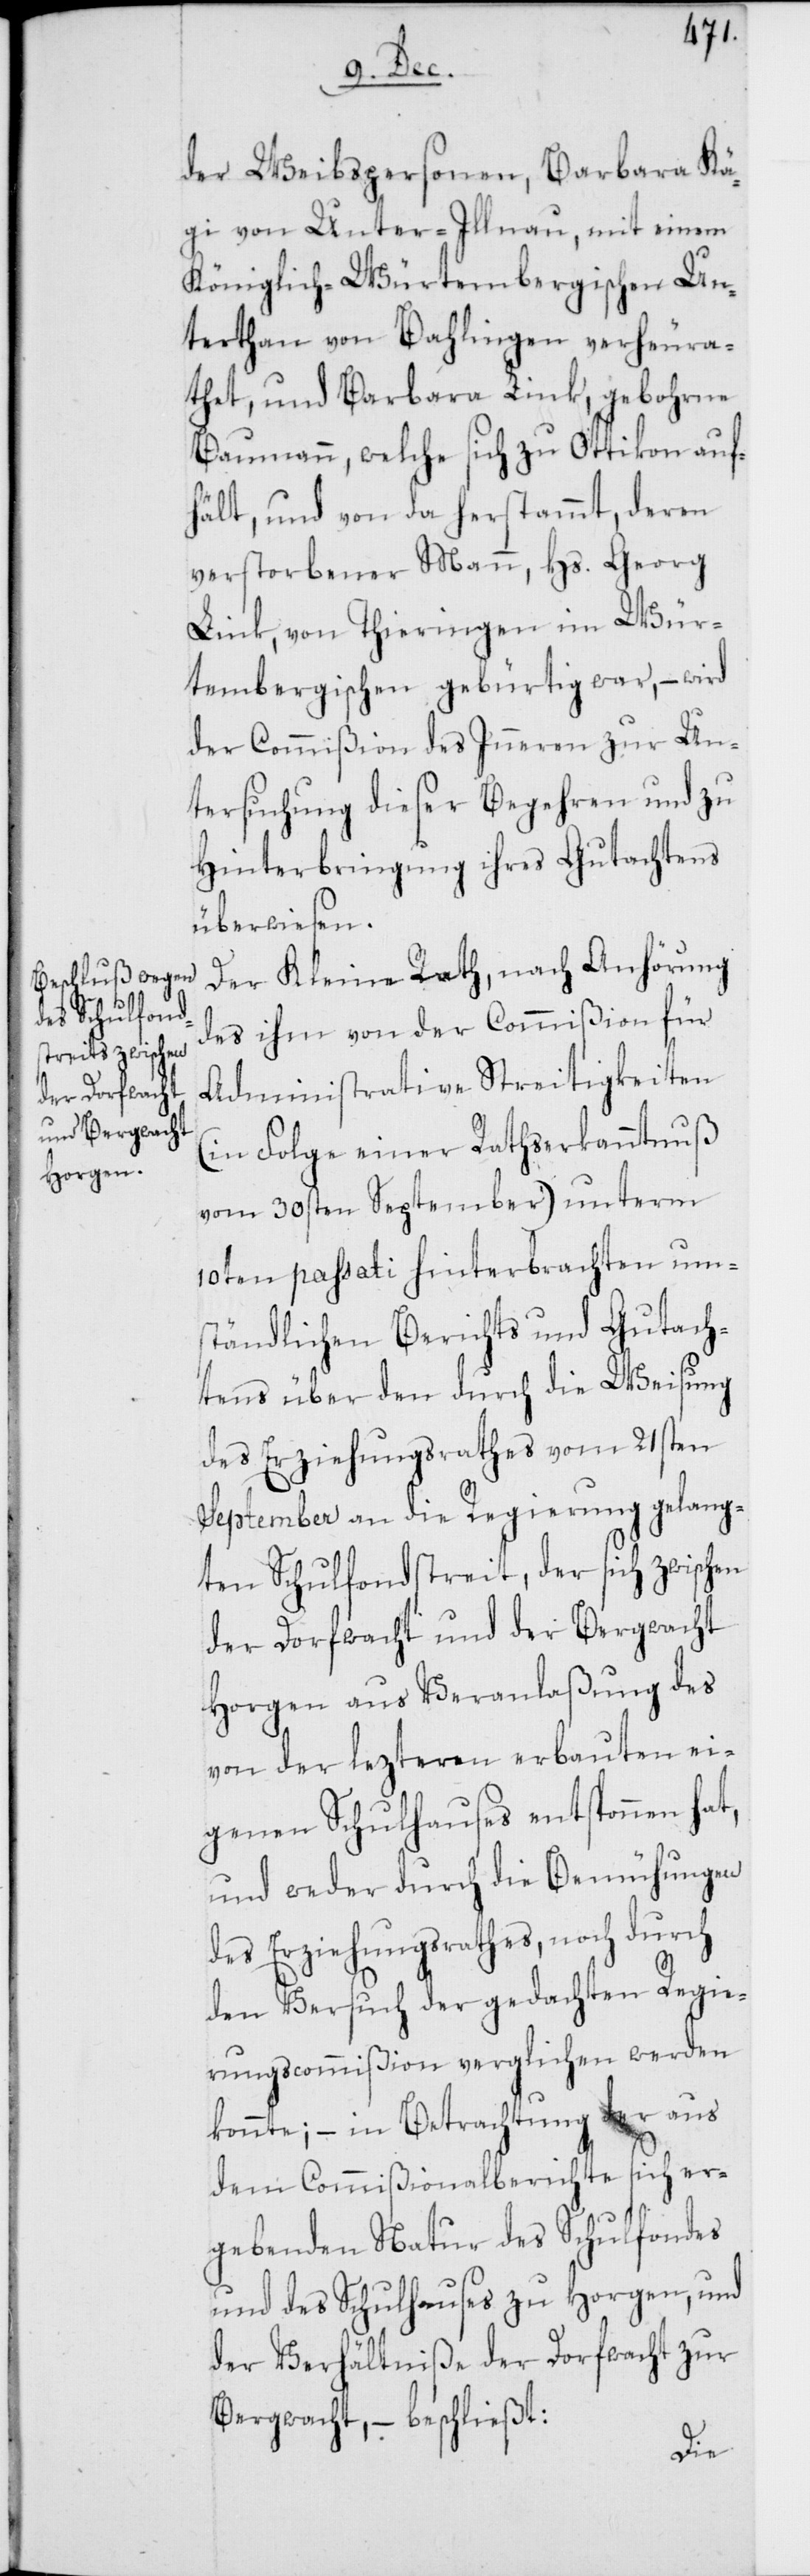
der Weibspersonen, Barbara Kä¬
gi von Unter-Illnau, mit einem
Königlich-Würtembergischen Un¬
terthan von Bahlingen verheura¬
thet, und Barbara Link gebohrne
Baumann, welche sich zu Ottikon auf¬
hält, und von da herstammt, deren
verstorbener Mann Hs. Georg
Link, von Thieringen im Wür¬
tembergischen gebürtig war, – wird
der Commißion des Inneren zur Un¬
tersuchung dieser Begehren und zu
Hinterbringung ihres Gutachtens
überwiesen.
Der Kleine Rath, nach Anhörung
des ihm von der Commißion für
Administrative Streitigkeiten
(in Folge einer Rathserkanntnuß
vom 30sten September) unterm
10ten passati hinterbrachten um¬
ständlichen Berichts und Gutach¬
tens über den durch die Weisung
des Erziehungsrathes vom 21sten
September an die Regierung gelang¬
ten Schulfondstreit, der sich zwischen
der Dorfwacht und der Bergwacht
Horgen aus Veranlaßung des
von der lezteren erbauten ei¬
genen Schulhauses entsponnen hat,
und weder durch die Bemühungen
des Erziehungsrathes, noch durch
den Versuch der gedachten Regie¬
rungscommißion verglichen werden
konnte; – in Betrachtung der aus
dem Commißionalberichte sich er¬
gebenden Natur des Schulfondes
und des Schulhauses zu Horgen, und
der Verhältniße der Dorfwacht zur
Bergwacht, – beschließt: